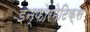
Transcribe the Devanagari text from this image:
इन्फोरमेटिक्स